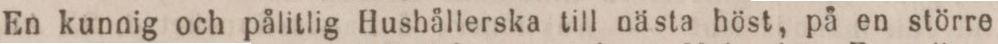
En kunnig och pålitlig Hushållerska till nästa höst, på en större